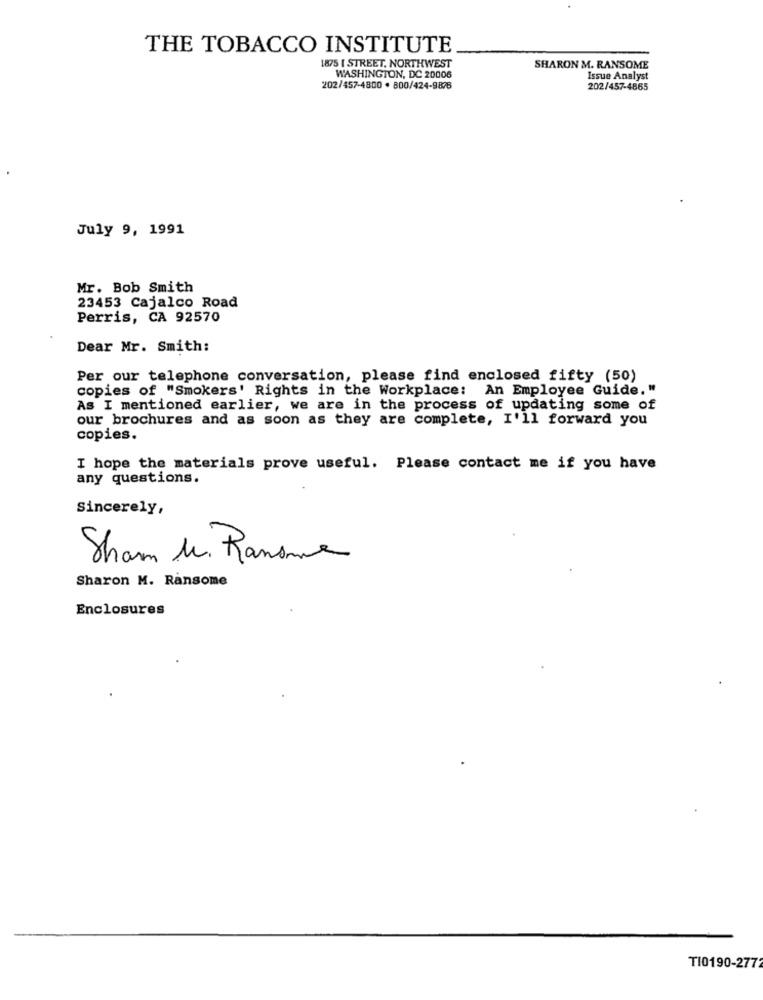
THE TOBACCO INSTITUTE
1875 [ STREET, NORTHWEST
SHARON M. RANSOME
WASHINGTON, DC 20006
Issue Analyst
202/457-4800 . 800/424-9878
202/457-4865
July 9, 1991
Mr. Bob Smith
23453 Cajalco Road
Perris, CA 92570
Dear Mr. Smith:
Per our telephone conversation, please find enclosed fifty (50)
copies of "Smokers' Rights in the Workplace: An Employee Guide."
As I mentioned earlier, we are in the process of updating some of
our brochures and as soon as they are complete, I'll forward you
copies.
I hope the materials prove useful. Please contact me if you have
any questions.
Sincerely,
Sham Mr. Ransme
Sharon M. Ransome
Enclosures
TI0190-2772